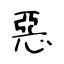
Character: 惡